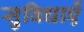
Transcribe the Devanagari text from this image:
सुविधाएें